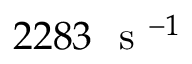
2 2 8 3 ~ \mathrm { ~ s ~ } ^ { - 1 }